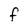
Character: F